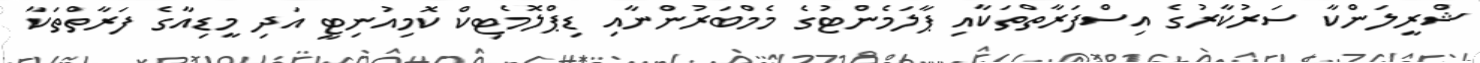
ޝްރީލަންކާ ސަރުކާރުގެ އިސްފަރާތްތަކާއި ޕާލަމެންޓުގެ މެމްބަރުންނާއި ޑިޕްލޮމެޓިކް ކޮމިއުނިޓީ އަދި މީޑިއާގެ ފަރާތްތަކާ